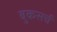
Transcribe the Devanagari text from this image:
बुकसर्च